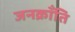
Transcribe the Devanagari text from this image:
जनक्राँति